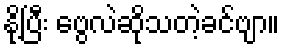
နို့ပြီး ဗွေလဲဆိုသတဲ့ခင်ဗျာ။